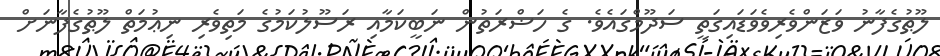
ލޫޠުގެފާނު ވަޒަންވެރިވެވަޑައިގަތީ ސަދޫމްގައެވެ. ގެ ހަޟްރަތުން ނަބީކަމާއި ރަސޫލުކަމުގެ މަތިވެރި ނިޢުމަތް ލޫޠުގެފާނަށް